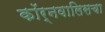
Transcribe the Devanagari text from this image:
कॉर्नवालिसचा